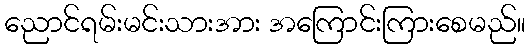
ညောင်ရမ်းမင်းသားအား အကြောင်းကြားစေမည်။